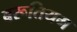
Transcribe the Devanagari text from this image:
बरूतियम